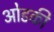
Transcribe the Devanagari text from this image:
ओडकी